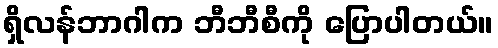
ရှိလန်ဘာဂါက ဘီဘီစီကို ပြောပါတယ်။